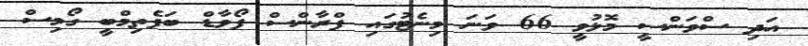
އަދި ސްވަންސީ މޮޅުވީ 66 ވަނަ މިނެޓުގައި ފްރާންސް ފޯވާޑް ބަފެތިމްބީ ގޯމިސް